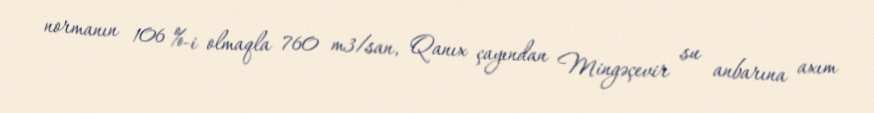
normanın 106 %-i olmaqla 760 m3/san, Qanıx çayından Mingəçevir su anbarına axım